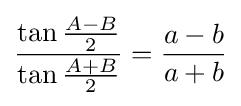
{\frac {\tan {\frac {A-B}{2}}}{\tan {\frac {A+B}{2}}}}={\frac {a-b}{a+b}}